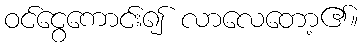
ဝင်ငွေကောင်း၍ လာလေတော့၏။